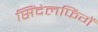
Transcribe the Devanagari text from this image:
सिंदेलफिंगें